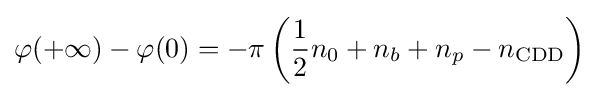
\varphi (+\infty )-\varphi (0)=-\pi \left({\frac {1}{2}}n_{0}+n_{b}+n_{p}-n_{\text{CDD}}\right)